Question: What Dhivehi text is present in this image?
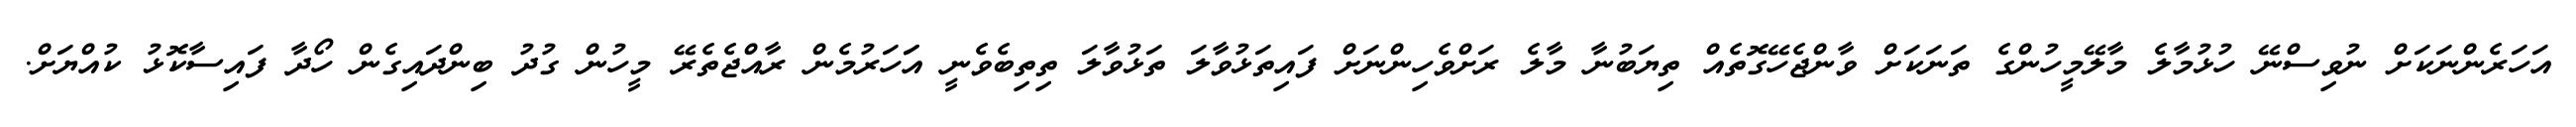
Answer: އަހަރެންނަކަށް ނުވިސްނޭ ހުޅުމާލެ މާލޭމީހުންގެ ތަނަކަށް ވާންޖެހޭގޮތެއް ތިޔަބުނާ މާލެ ރަށްވެހިންނަށް ފައިތަޅުވާލަ ތަޅުވާލަ ތިތިބެވެނީ އަަހަރުމެން ރާއްޖެތެރޭ މީހުން ގުދު ބިންދައިގެން ހޯދާ ފައިސާކޮޅު ކުއްޔަށް.